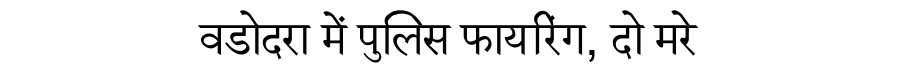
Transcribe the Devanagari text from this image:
वडोदरा में पुलिस फायरिंग, दो मरे